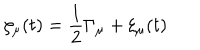
\zeta _ { \mu } ( t ) = \frac { 1 } { 2 } \Gamma _ { \mu } + \xi _ { \mu } ( t )